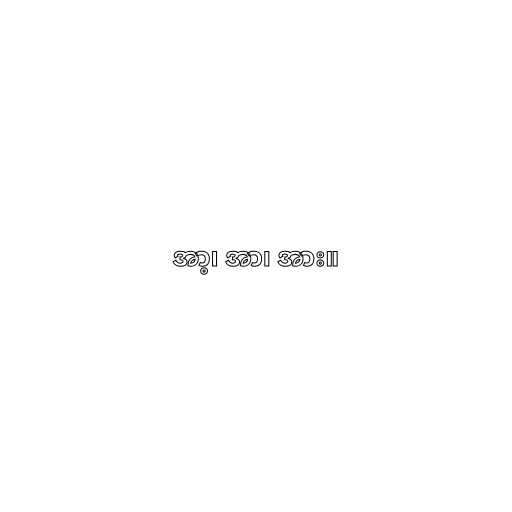
အာ့၊ အာ၊ အား။